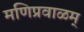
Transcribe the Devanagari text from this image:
मणिप्रवाळम्